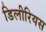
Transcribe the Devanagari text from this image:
डिलीरियस